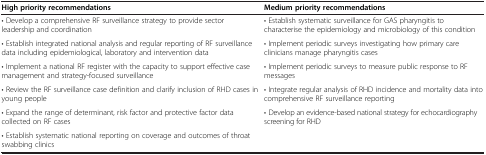
<table><thead><tr><td><b>High priority recommendations</b></td><td><b>Medium priority recommendations</b></td></tr></thead><tbody><tr><td>• Develop a comprehensive RF surveillance strategy to provide sector leadership and coordination</td><td>• Establish systematic surveillance for GAS pharyngitis to characterise the epidemiology and microbiology of this condition</td></tr><tr><td>• Establish integrated national analysis and regular reporting of RF surveillance data including epidemiological, laboratory and intervention data</td><td>• Implement periodic surveys investigating how primary care clinicians manage pharyngitis cases</td></tr><tr><td>• Implement a national RF register with the capacity to support effective case management and strategy-focused surveillance</td><td>• Implement periodic surveys to measure public response to RF messages</td></tr><tr><td>• Review the RF surveillance case definition and clarify inclusion of RHD cases in young people</td><td>• Integrate regular analysis of RHD incidence and mortality data into comprehensive RF surveillance reporting</td></tr><tr><td>• Expand the range of determinant, risk factor and protective factor data collected on RF cases</td><td>• Develop an evidence-based national strategy for echocardiography screening for RHD</td></tr><tr><td>• Establish systematic national reporting on coverage and outcomes of throat swabbing clinics</td><td> </td></tr></tbody></table>